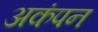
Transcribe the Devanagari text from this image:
अकंपन